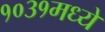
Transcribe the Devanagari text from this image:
१०३१मध्ये